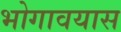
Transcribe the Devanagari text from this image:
भोगावयास